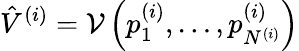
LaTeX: \hat{V}^{(i)}=\mathcal{V}\left(p_{1}^{(i)},\dots,p_{N^{(i)}}^{(i)}\right)